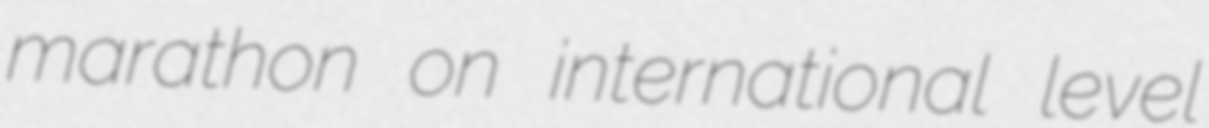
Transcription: marathon on international level